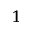
^ { 1 }